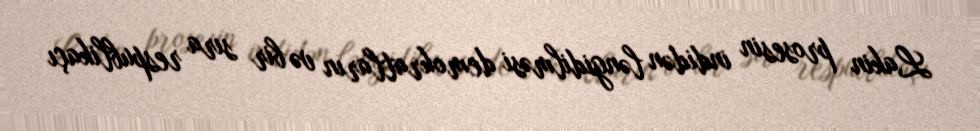
Lakin prosesin indidən ləngidilməsi demokratların və bir sıra respublikaçı